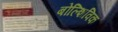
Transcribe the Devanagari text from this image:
बोल्शिविक